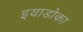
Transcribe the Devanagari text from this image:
इयाडोका